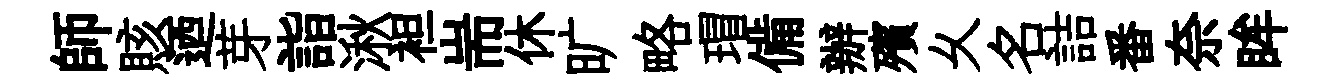
師賅迺芽詣湫袒耑休旷略瑁備辦殯乆名詰番奈眸